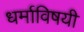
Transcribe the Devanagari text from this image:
धर्माविषयी